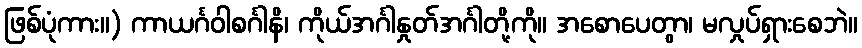
ဖြစ်ပုံကား။) ကာယင်္ဂဝါစင်္ဂါနိ၊ ကိုယ်အင်္ဂါနှုတ်အင်္ဂါတို့ကို။ အစောပေတွာ၊ မလှုပ်ရှားစေဘဲ။